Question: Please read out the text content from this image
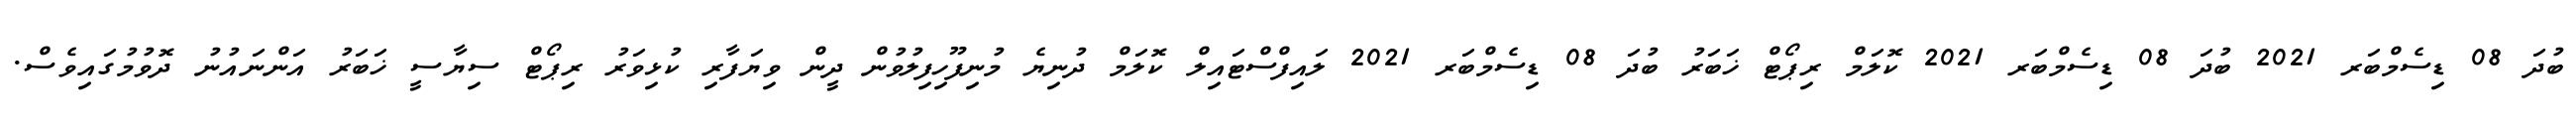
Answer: ބުދަ 08 ޑިސެމްބަރ 2021 ބުދަ 08 ޑިސެމްބަރ 2021 ކޮލަމް ރިޕޯޓް ޚަބަރު ބުދަ 08 ޑިސެމްބަރ 2021 ލައިފްސްޓައިލް ކޮލަމް ދުނިޔެ މުނިފޫހިފިލުވުން ދީން ވިޔަފާރި ކުޅިވަރު ރިޕޯޓް ސިޔާސީ ޚަބަރު އަންނައުނު ދޮވުމުގައިވެސް.